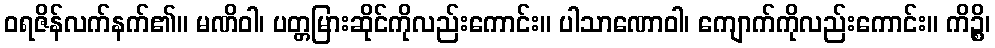
ဝရဇိန်လက်နက်၏။ မဏိဝါ၊ ပတ္တမြားဆိုင်ကိုလည်းကောင်း။ ပါသာဏောဝါ၊ ကျောက်ကိုလည်းကောင်း။ ကိဉ္စိ၊